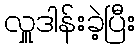
လှူဒါန်းခဲ့ပြီး